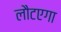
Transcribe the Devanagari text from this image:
लौटएगा